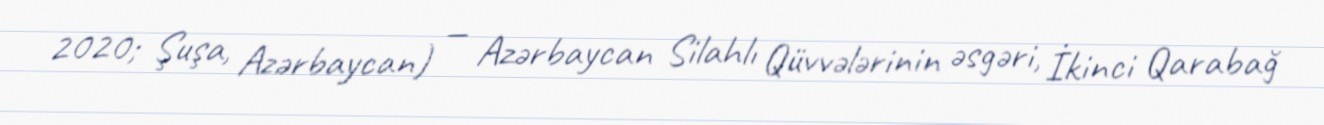
2020; Şuşa, Azərbaycan) — Azərbaycan Silahlı Qüvvələrinin əsgəri, İkinci Qarabağ